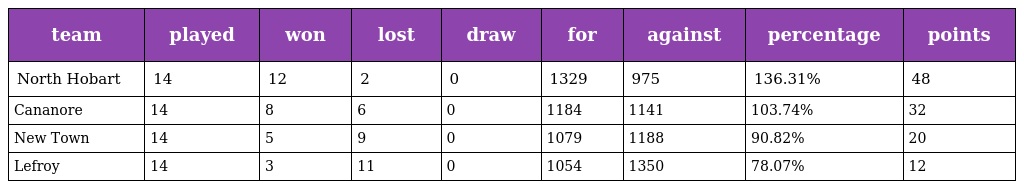
| team | played | won | lost | draw | for | against | percentage | points |
 | --- | --- | --- | --- | --- | --- | --- | --- | --- |
 | North Hobart | 14 | 12 | 2 | 0 | 1329 | 975 | 136.31% | 48 |
 | Cananore | 14 | 8 | 6 | 0 | 1184 | 1141 | 103.74% | 32 |
 | New Town | 14 | 5 | 9 | 0 | 1079 | 1188 | 90.82% | 20 |
 | Lefroy | 14 | 3 | 11 | 0 | 1054 | 1350 | 78.07% | 12 |